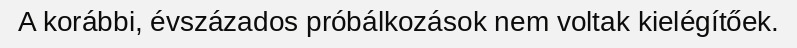
A korábbi, évszázados próbálkozások nem voltak kielégítőek.